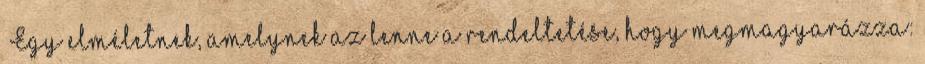
„Egy elméletnek, amelynek az lenne a rendeltetése, hogy megmagyarázza: